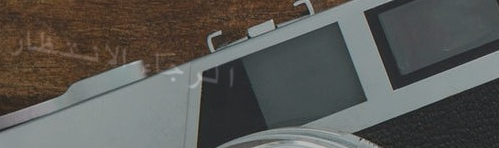
الرجاء الانتظار